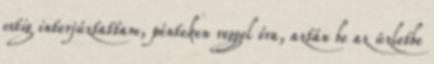
estig interjúztattam, pénteken reggel óra, aztán be az üzletbe